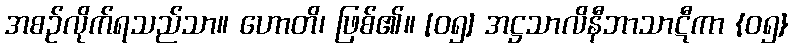
အစဉ်လိုက်ရသည်သာ။ ဟောတိ၊ ဖြစ်၏။ [၀၅] အဋ္ဌသာလိနီဘာသာဋီကာ {၀၅}